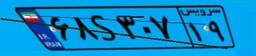
۱۸S۳۰۱۰۳